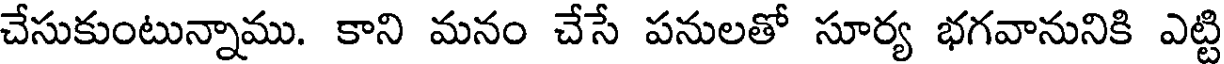
చేసుకుంటున్నాము. కాని మనం చేసే పనులతో సూర్య భగవానునికి ఎట్టి